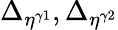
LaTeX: \Delta_{\eta^{\gamma 1}},\Delta_{\eta^{\gamma 2}}